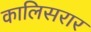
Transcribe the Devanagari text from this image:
कालिसरार